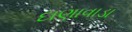
દાણાવાડા